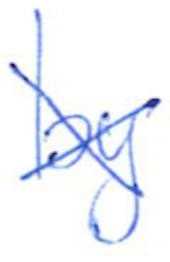
Text: by
Cross-out: cross
Writing tool: ballpoint